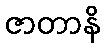
ဇာတာနိ